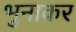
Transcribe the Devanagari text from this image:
भुनाकर